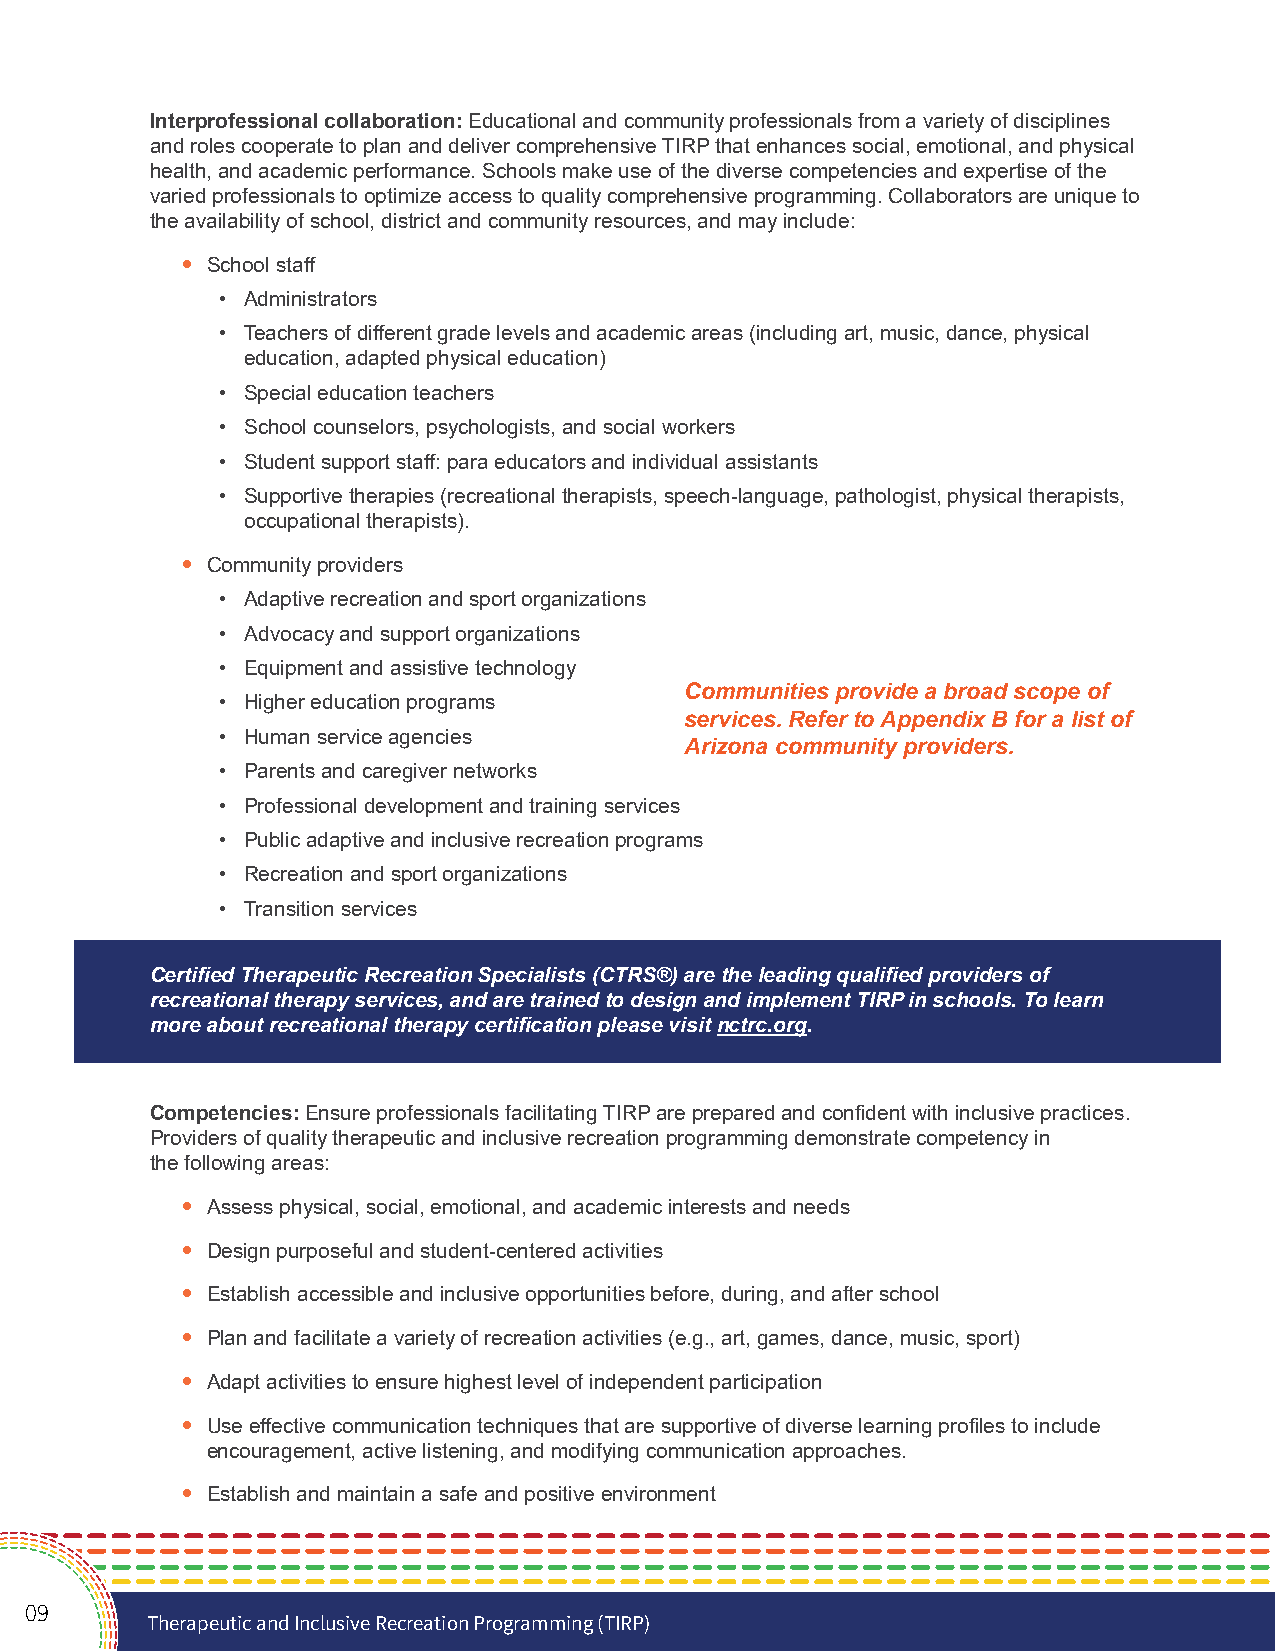
Interprofessional collaboration: Educational and community professionals from a variety of disciplines
 and roles cooperate to plan and deliver comprehensive TIRP that enhances social, emotional, and physical
 health, and academic performance. Schools make use of the diverse competencies and expertise of the
 varied professionals to optimize access to quality comprehensive programming. Collaborators are unique to
 the availability of school, district and community resources, and may include:
 • School staff
 • Administrators
 • Teachers of different grade levels and academic areas (including art, music, dance, physical
 education, adapted physical education)
 • Special education teachers
 • School counselors, psychologists, and social workers
 • Student support staff: para educators and individual assistants
 • Supportive therapies (recreational therapists, speech-language, pathologist, physical therapists,
 occupational therapists).
 • Community providers
 • Adaptive recreation and sport organizations
 • Advocacy and support organizations
 • Equipment and assistive technology
 Communities provide a broad scope of
 • Higher education programs
 services. Refer to Appendix B for a list of
 • Human service agencies
 Arizona community providers.
 • Parents and caregiver networks
 • Professional development and training services
 • Public adaptive and inclusive recreation programs
 • Recreation and sport organizations
 • Transition services
 Certified Therapeutic Recreation Specialists (CTRS®) are the leading qualified providers of
 recreational therapy services, and are trained to design and implement TIRP in schools. To learn
 more about recreational therapy certification please visit nctrc.org.
 Competencies: Ensure professionals facilitating TIRP are prepared and confident with inclusive practices.
 Providers of quality therapeutic and inclusive recreation programming demonstrate competency in
 the following areas:
 • Assess physical, social, emotional, and academic interests and needs
 • Design purposeful and student-centered activities
 • Establish accessible and inclusive opportunities before, during, and after school
 • Plan and facilitate a variety of recreation activities (e.g., art, games, dance, music, sport)
 • Adapt activities to ensure highest level of independent participation
 • Use effective communication techniques that are supportive of diverse learning profiles to include
 encouragement, active listening, and modifying communication approaches.
 • Establish and maintain a safe and positive environment
 09
 Therapeutic and Inclusive Recreation Programming (TIRP)